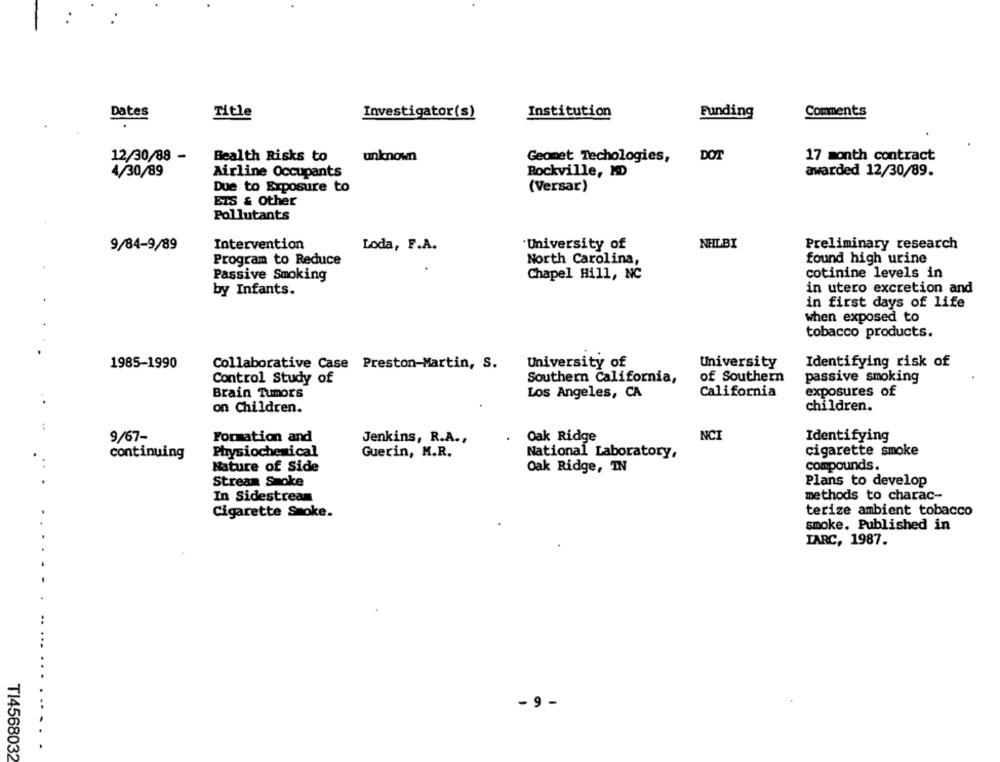
Dates
Title
Investigator(s)
Institution
Funding
Comments
12/30/88 -
Bealth Risks to
unknown
Geomet Techologies,
DOT
17 month contract
4/30/89
Airline Occupants
Rockville, MD
awarded 12/30/89.
Due to Exposure to
(Versar)
ETS & Other
Pollutants
'University of
NHLBI
Preliminary research
9/84-9/89
Intervention
Loda, F.A.
North Carolina,
found high urine
Program to Reduce
cotinine levels in
Passive Smoking
Chapel Hill, NC
in utero excretion and
by Infants.
in first days of life
when exposed to
tobacco products.
1985-1990
Collaborative Case Preston-Martin, S.
University of
University
Identifying risk of
Control Study of
Southern California,
of Southern
passive smoking
Brain Tumor's
Los Angeles, CA
California
exposures of
on Children.
children.
9/67-
Formation and
Jenkins, R.A .,
Oak Ridge
NCI
Identifying
continuing
Physiochemical
Guerin, M.R.
National Laboratory,
cigarette smoke
compounds.
Nature of Side
Oak Ridge, IN
Stream Smoke
Plans to develop
methods to charac-
In Sidestream
terize ambient tobacco
Cigarette Smoke.
smoke. Published in
IARC, 1987.
- 9 -
TI4568032